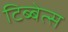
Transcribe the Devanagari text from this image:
टिब्बेत्स